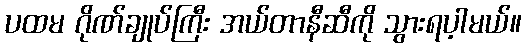
ပထမ ဂိုဏ်ချုပ်ကြီး အယ်တာနီဆီကို သွားရပ့ါမယ်။